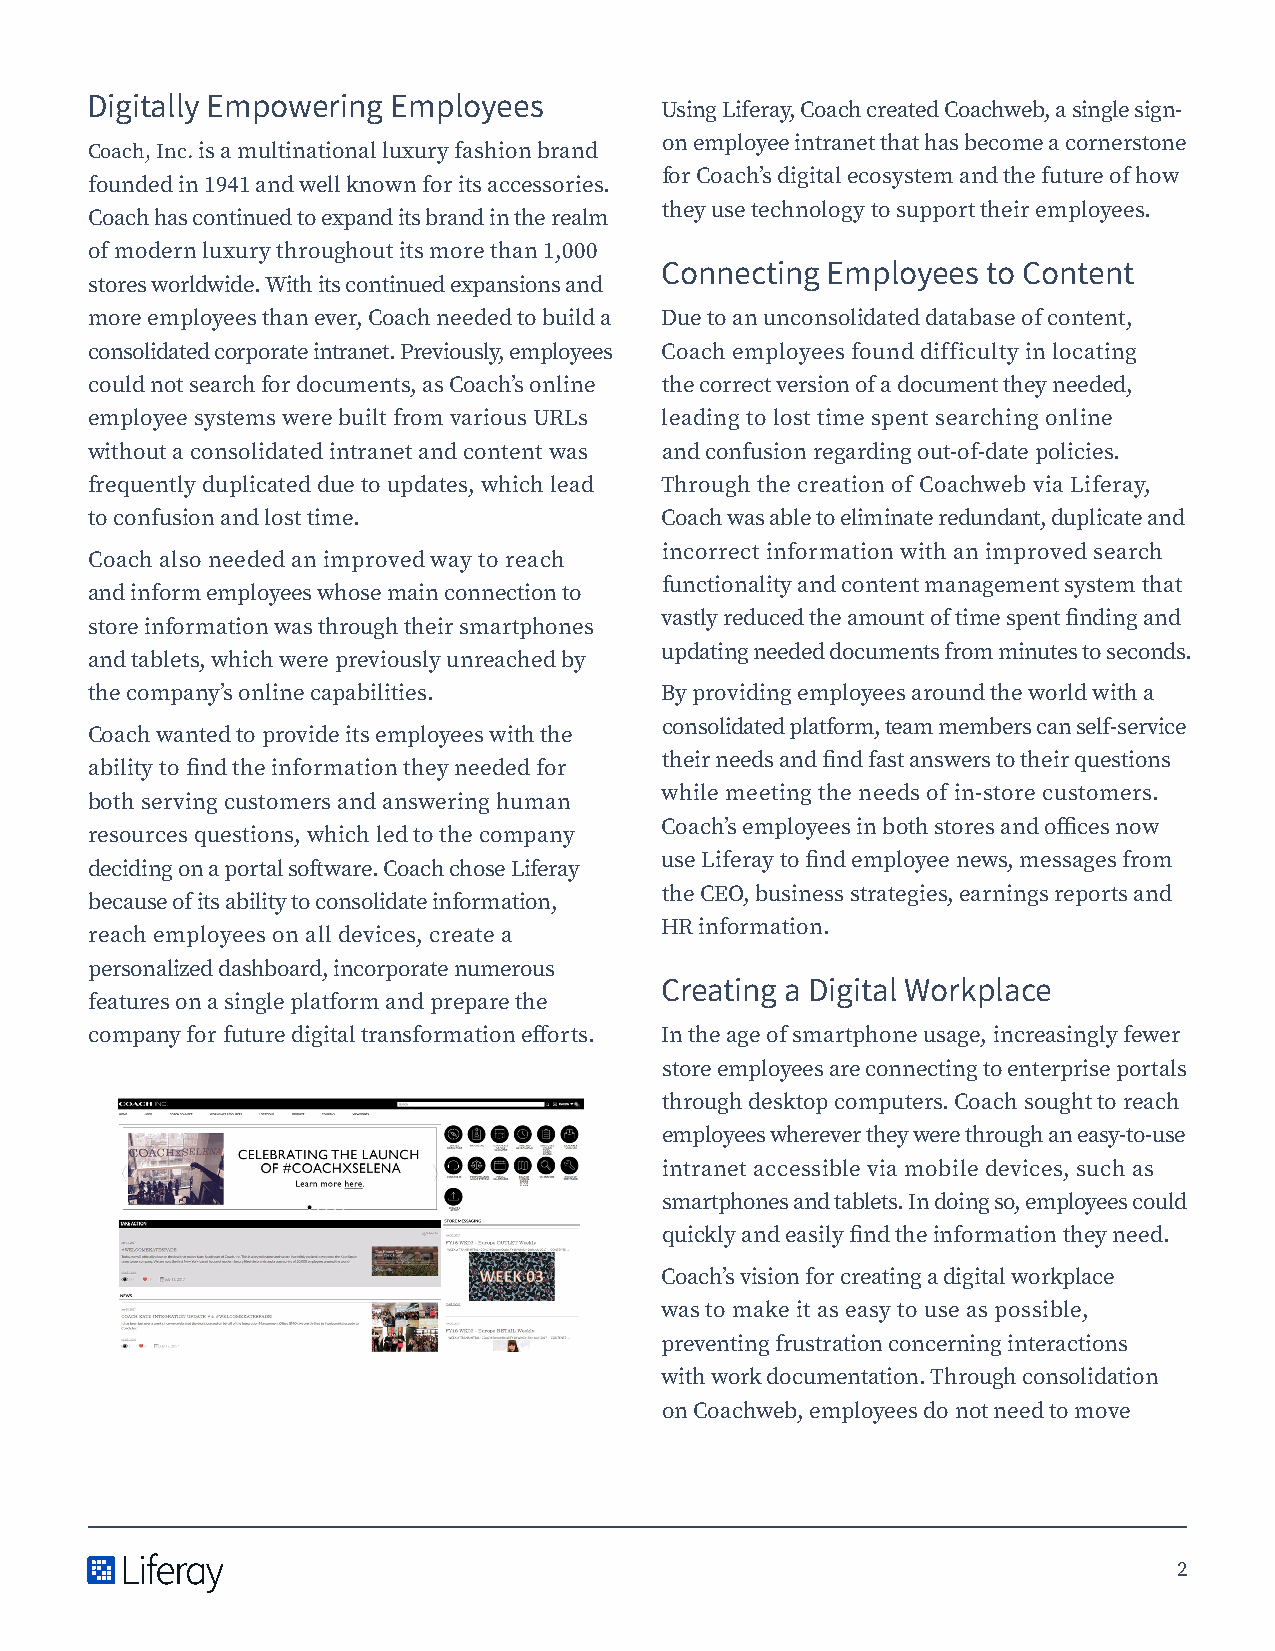
Digitally Empowering Employees
 Using Liferay, Coach created Coachweb, a single sign-
 on employee intranet that has become a cornerstone
 Coach, Inc. is a multinational luxury fashion brand
 for Coach’s digital ecosystem and the future of how
 founded in 1941 and well known for its accessories.
 they use technology to support their employees.
 Coach has continued to expand its brand in the realm
 of modern luxury throughout its more than 1,000
 Connecting Employees to Content
 stores worldwide. With its continued expansions and
 more employees than ever, Coach needed to build a Due to an unconsolidated database of content,
 consolidated corporate intranet. Previously, employees Coach employees found difficulty in locating
 could not search for documents, as Coach’s online the correct version of a document they needed,
 employee systems were built from various URLs leading to lost time spent searching online
 without a consolidated intranet and content was and confusion regarding out-of-date policies.
 frequently duplicated due to updates, which lead Through the creation of Coachweb via Liferay,
 to confusion and lost time.           Coach was able to eliminate redundant, duplicate and
 incorrect information with an improved search
 Coach also needed an improved way to reach
 functionality and content management system that
 and inform employees whose main connection to
 vastly reduced the amount of time spent finding and
 store information was through their smartphones
 updating needed documents from minutes to seconds.
 and tablets, which were previously unreached by
 the company’s online capabilities.    By providing employees around the world with a
 consolidated platform, team members can self-service
 Coach wanted to provide its employees with the
 their needs and find fast answers to their questions
 ability to find the information they needed for
 while meeting the needs of in-store customers.
 both serving customers and answering human
 Coach’s employees in both stores and offices now
 resources questions, which led to the company
 use Liferay to find employee news, messages from
 deciding on a portal software. Coach chose Liferay
 the CEO, business strategies, earnings reports and
 because of its ability to consolidate information,
 HR information.
 reach employees on all devices, create a
 personalized dashboard, incorporate numerous
 Creating a Digital Workplace
 features on a single platform and prepare the
 company for future digital transformation efforts. In the age of smartphone usage, increasingly fewer
 store employees are connecting to enterprise portals
 through desktop computers. Coach sought to reach
 employees wherever they were through an easy-to-use
 intranet accessible via mobile devices, such as
 smartphones and tablets. In doing so, employees could
 quickly and easily find the information they need.
 Coach’s vision for creating a digital workplace
 was to make it as easy to use as possible,
 preventing frustration concerning interactions
 with work documentation. Through consolidation
 on Coachweb, employees do not need to move
 2